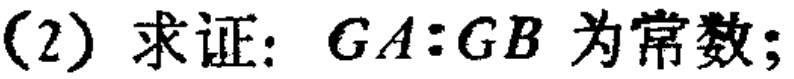
(2) 求证：\(GA:GB\) 为常数；